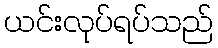
ယင်းလုပ်ရပ်သည်